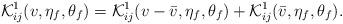
LaTeX: \begin{align*}\mathcal{K}^1_{ij}(v,\eta_f,\theta_f) = \mathcal{K}^1_{ij}(v - \bar{v},\eta_f,\theta_f) + \mathcal{K}^1_{ij}(\bar v,\eta_f,\theta_f).\end{align*}